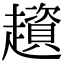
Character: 𧾒